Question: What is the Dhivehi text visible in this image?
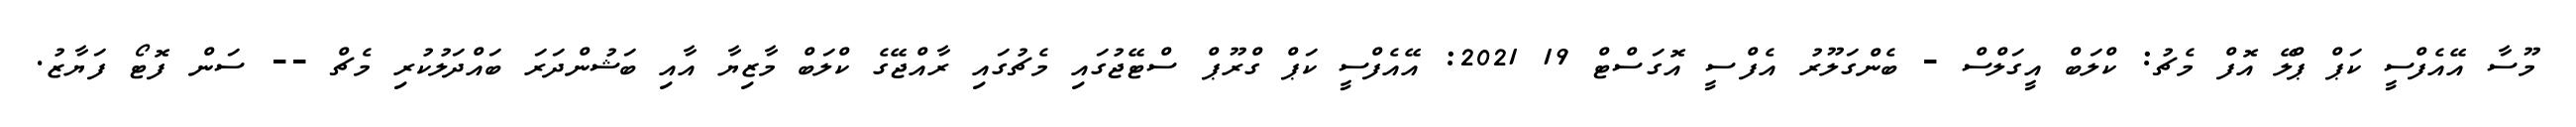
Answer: މޫސާ އޭއެފްސީ ކަޕް ޕްލޭ އޮފް މެޗު: ކްލަބް އީގަލްސް - ބެންގަލޫރު އެފްސީ އޮގަސްޓް 19 2021: އޭއެފްސީ ކަޕް ގްރޫޕް ސްޓޭޖުގައި މެޗުގައި ރާއްޖޭގެ ކްލަބް މާޒިޔާ އާއި ބަޝުންދަރަ ބައްދަލުކުރި މެޗް -- ސަން ފޮޓޯ ފަޔާޒު.